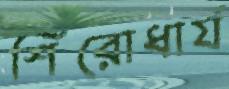
শিরোধার্য